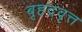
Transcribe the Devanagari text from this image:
बृहदवृत्त